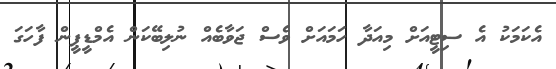
އެކަމަކު އެ ސިޓީއަށް މިއަދާ ހަމައަށް ވެސް ޖަވާބެއް ނުލިބޭކަން އެމްޑީޕީން ފާހަގަ